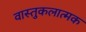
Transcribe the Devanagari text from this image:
वास्तुकलात्मक